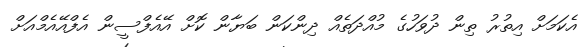
އެކަމަށް އިތުރު ތިން ދުވަހުގެ މުއްދަތެއް ދިންކަން ބަޔާން ކޮށް އޭއެފްސީން އެފްއޭއެމްއަށް